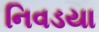
નિવડયા